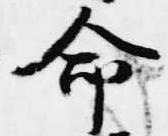
命